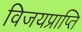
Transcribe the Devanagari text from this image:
विजयप्राप्ति